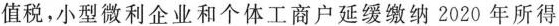
值税，小型微利企业和个体工商户延缓缴纳2020年所得